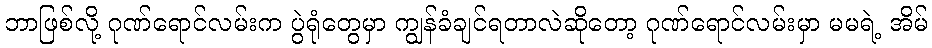
ဘာဖြစ်လို့ ဂုဏ်ရောင်လမ်းက ပွဲရုံတွေမှာ ကျွန်ခံချင်ရတာလဲဆိုတော့ ဂုဏ်ရောင်လမ်းမှာ မမရဲ့ အိမ်